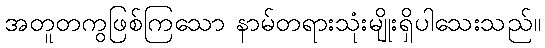
အတူတကွဖြစ်ကြသော နာမ်တရားသုံးမျိုးရှိပါသေးသည်။